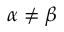
\alpha \neq \beta